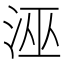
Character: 𭰘